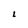
Character: L